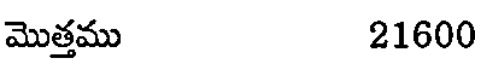
మొత్తము 21600